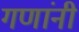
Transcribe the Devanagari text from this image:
गणांनी